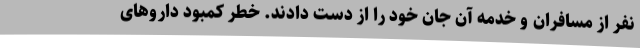
نفر از مسافران و خدمهٔ آن جان خود را از دست دادند. خطر کمبود داروهای